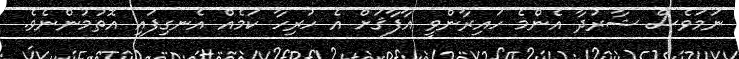
ނަމަވެސް ޝާރުދާ އެންމެ ހައިރާންވީ އާފާޤަށް އެ ހުރިހާ ކަމެއް އެނގިފައި އޮތުމުންނެވެ.